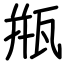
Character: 甁